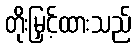
တိုးမြှင့်ထားသည်